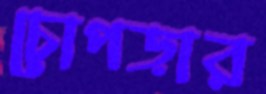
চোপড়ার